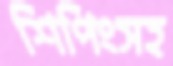
শিপিংসহ